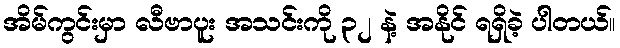
အိမ်ကွင်းမှာ လီဗာပူး အသင်းကို ၃၂ နဲ့ အနိုင် ရရှိခဲ့ ပါတယ်။